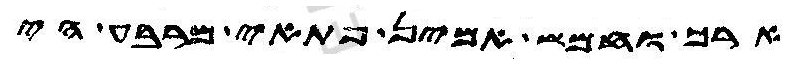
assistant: ארך וחמש אמין פתאי מרבע הי